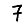
Digit: 7